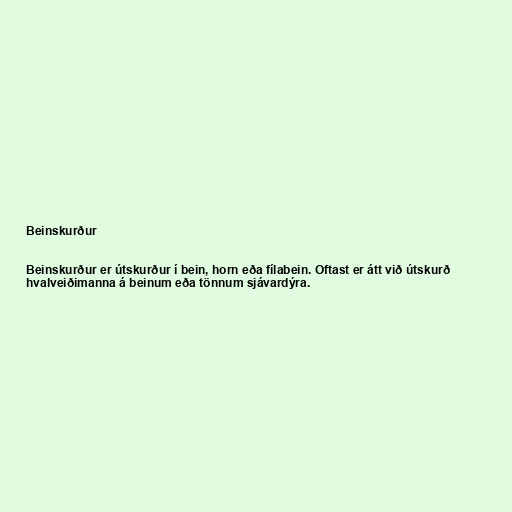
Beinskurður

Beinskurður er útskurður í bein, horn eða fílabein. Oftast er átt við útskurð
hvalveiðimanna á beinum eða tönnum sjávardýra.